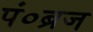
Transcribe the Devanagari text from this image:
पं०ब्रज